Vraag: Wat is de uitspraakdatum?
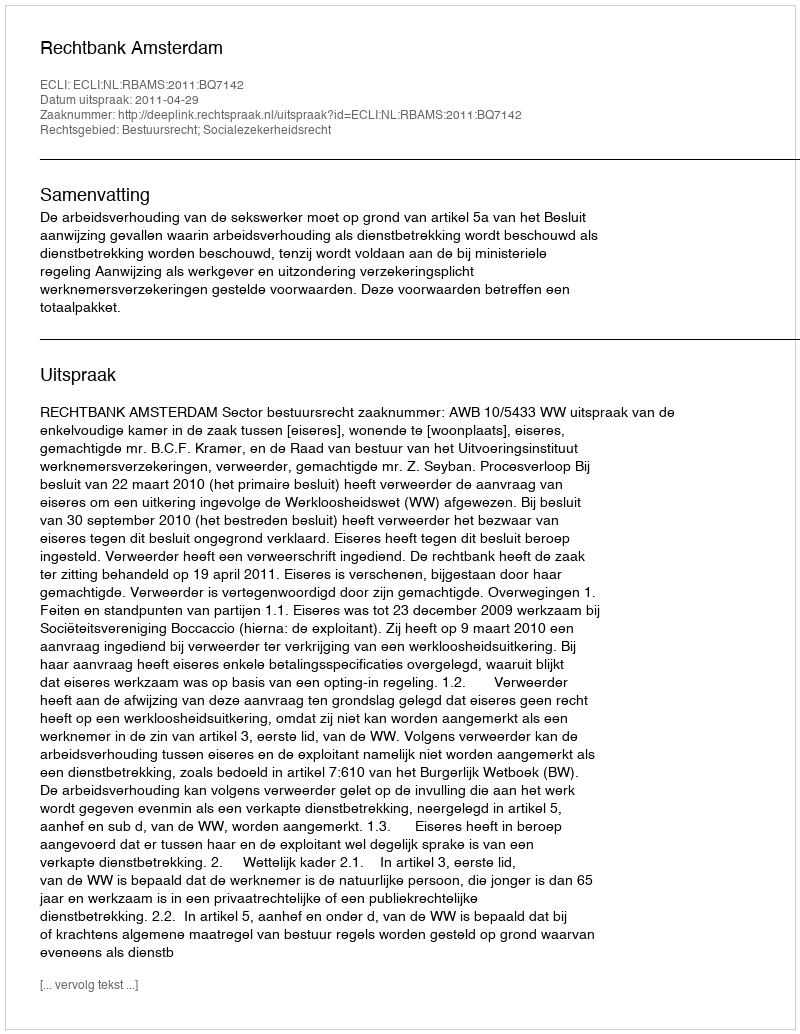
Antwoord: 2011-04-29